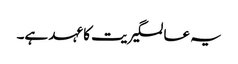
یہ عالمگیریت کا عہد ہے۔